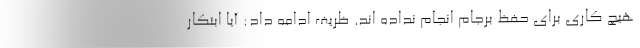
هیچ کاری برای حفظ برجام انجام نداده اند. ظریف ادامه داد: آیا ابتکار